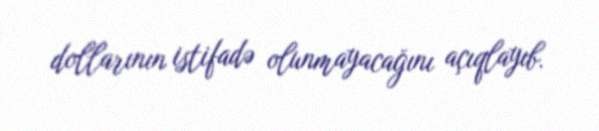
dollarının istifadə olunmayacağını açıqlayıb.